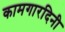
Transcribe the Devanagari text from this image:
कामगारदिनी